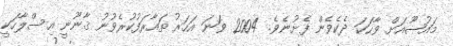
މައުޟޫއަށް ވާހަކަ ދެކެވެން ފެށުނެވެ. 2004 ވަނަ އަހަރު ތައާރަފުކުރެވުނު ޤާނޫނީ އިސްލާހަކީ